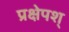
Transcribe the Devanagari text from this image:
प्रक्षेपश्